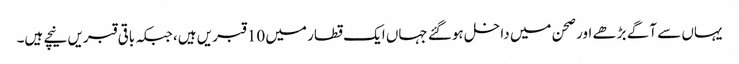
یہاں سے آگے بڑھے اور صحن میں داخل ہوگئے جہاں ایک قطار میں 10 قبریں ہیں، جبکہ باقی قبریں نیچے ہیں۔